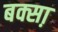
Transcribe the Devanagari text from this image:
बक्सा़